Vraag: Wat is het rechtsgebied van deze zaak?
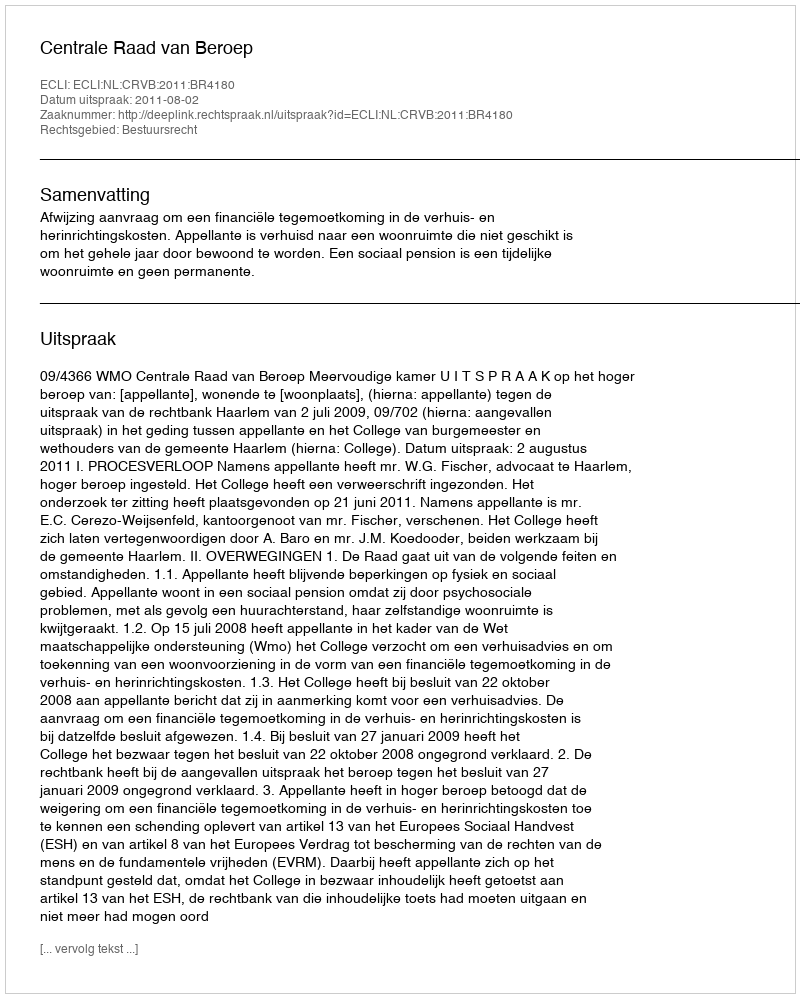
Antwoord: Bestuursrecht